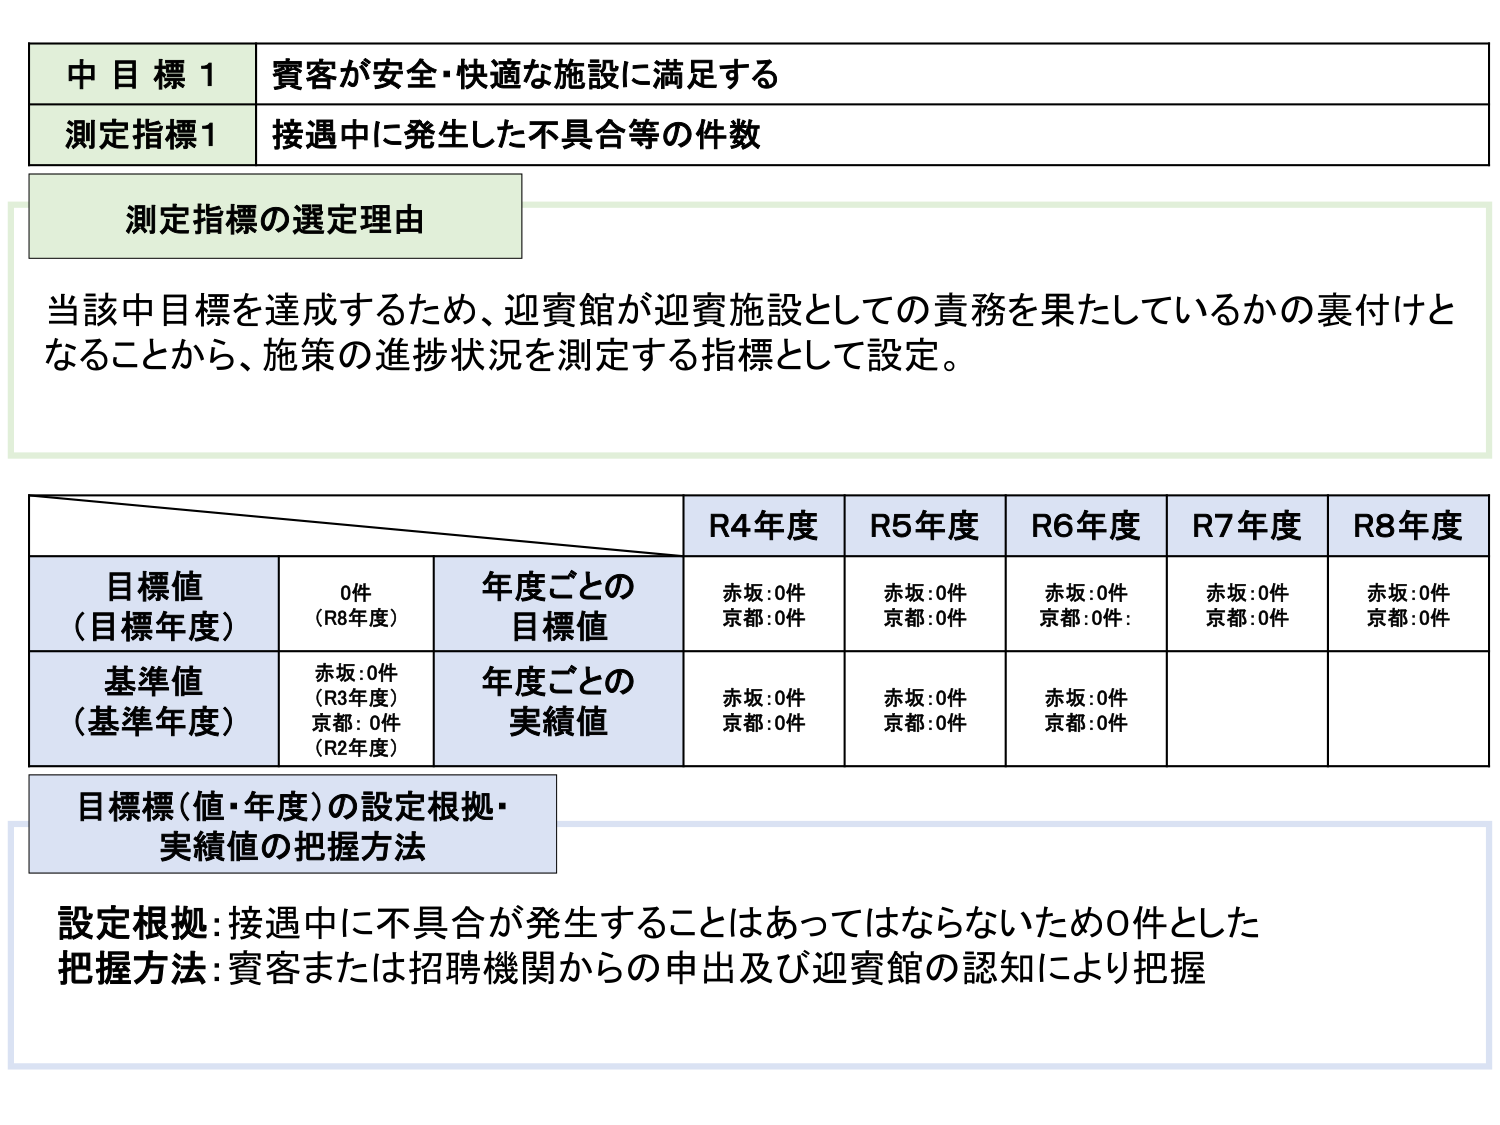
中目標1 賓客が安全・快適な施設に満足する
測定指標1 接遇中に発生した不具合等の件数

測定指標の選定理由
当該中目標を達成するため、迎賓館が迎賓施設としての責務を果たしているかの裏付けと
なることから、施策の進捗状況を測定する指標として設定。

R4年度 R5年度 R6年度 R7年度 R8年度
目標値（目標年度） 0件（R8年度） 年度ごとの目標値 赤坂:0件 京都:0件 赤坂:0件 京都:0件 赤坂:0件 京都:0件 赤坂:0件 京都:0件 赤坂:0件 京都:0件
基準値（基準年度） 赤坂:0件（R3年度） 京都:0件（R2年度） 年度ごとの実績値 赤坂:0件 京都:0件 赤坂:0件 京都:0件 赤坂:0件 京都:0件

目標標（値・年度）の設定根拠・実績値の把握方法
設定根拠:接遇中に不具合が発生することはあってはならないため0件とした
把握方法:賓客または招聘機関からの申出及び迎賓館の認知により把握